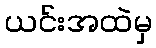
ယင်းအထဲမှ